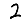
Digit: 2